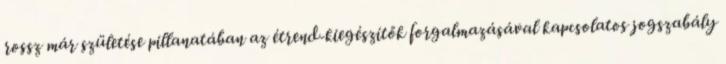
rossz már születése pillanatában az étrend-kiegészítők forgalmazásával kapcsolatos jogszabály